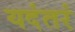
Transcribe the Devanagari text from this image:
यदंतरं